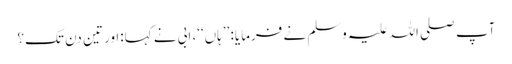
آپ صلی اللہ علیہ وسلم نے فرمایا: ’’ہاں‘‘، ابی نے کہا:اور تین دن تک؟